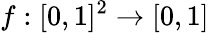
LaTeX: f:[0,1]^{2}\to[0,1]